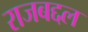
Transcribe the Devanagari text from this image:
राजबद्दल